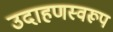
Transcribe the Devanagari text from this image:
उदाहणस्वरूप